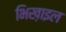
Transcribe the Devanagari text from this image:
भिख़ाइल